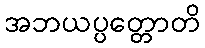
အဘယပ္ပတ္တောတိ